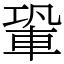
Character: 䡗